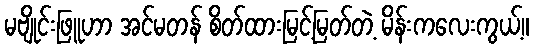
မဗျိုင်းဖြူဟာ အင်မတန် စိတ်ထားမြင့်မြတ်တဲ့ မိန်းကလေးကွယ့်။